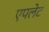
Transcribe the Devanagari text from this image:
एपलेट